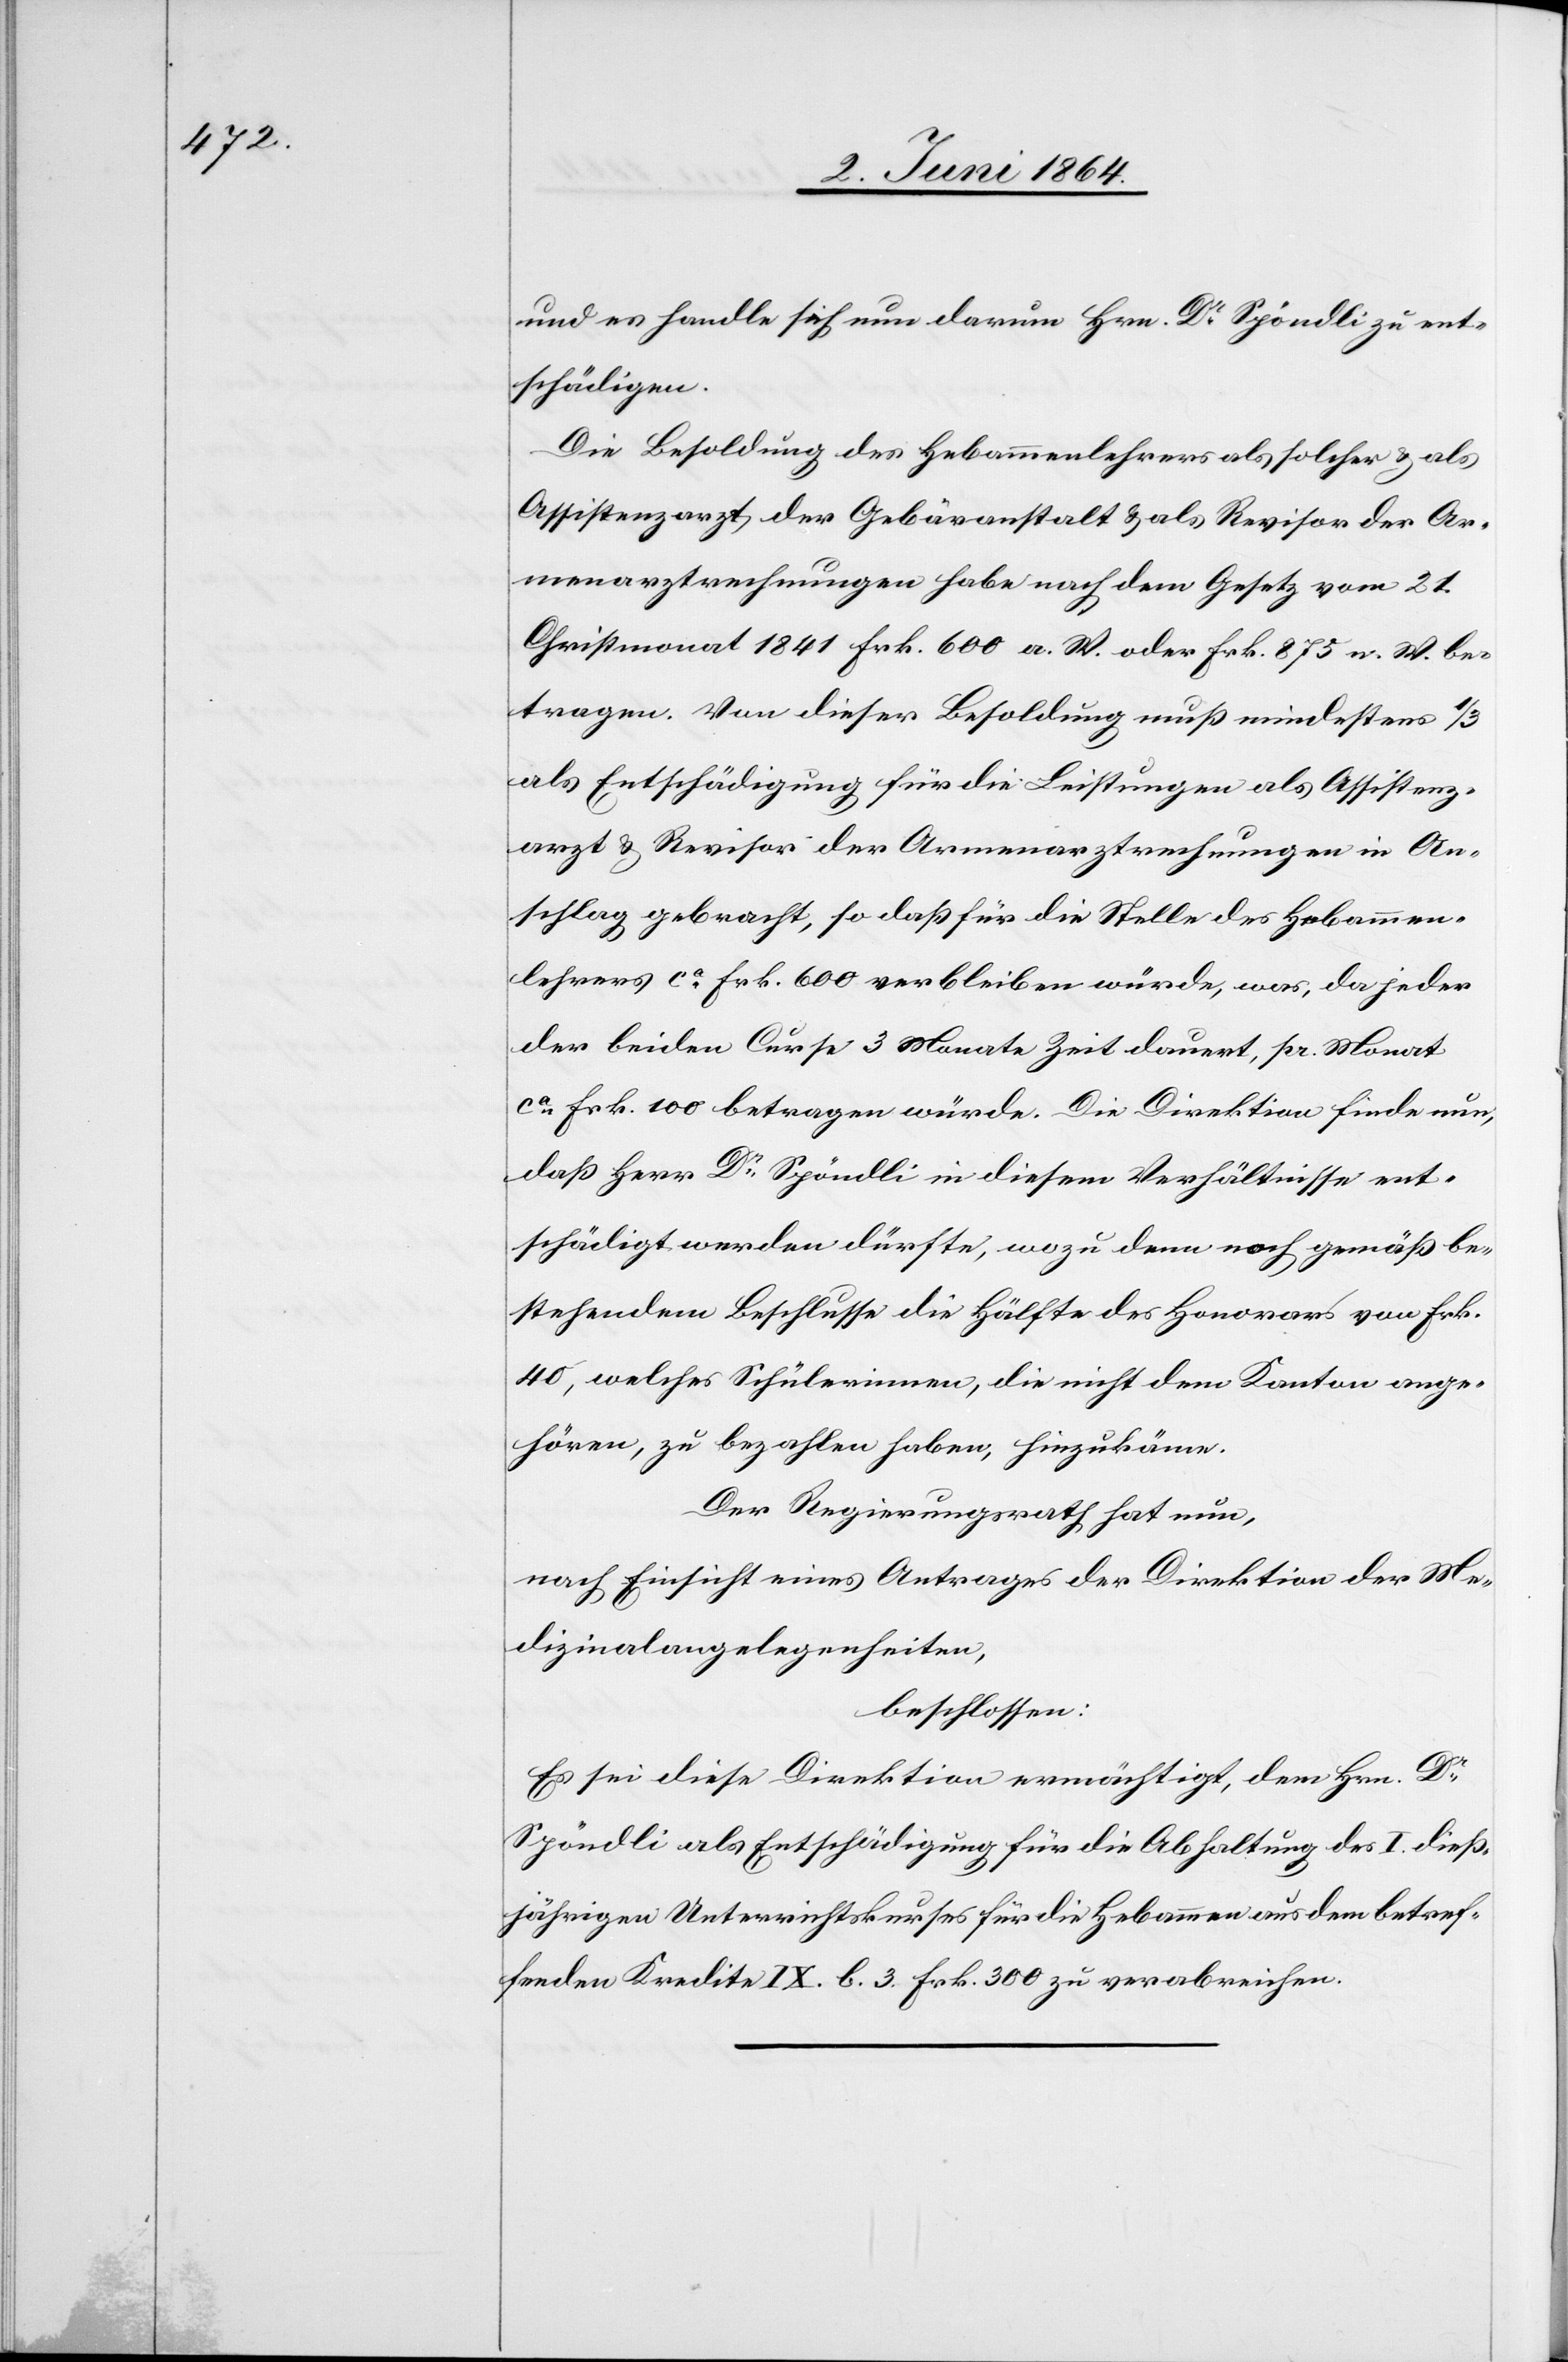
und es handle sich nun darum Hrn. Dr Spöndli zu ent¬
schädigen.
Die Besoldung des Hebammenlehrers als solcher u. als
Assistenzarzt der Gebäranstalt u. als Revisor der Ar¬
menarztrechnungen habe nach dem Gesetz vom 21.
Christmonat 1841 Frk. 600 a. W. oder Frk. 875 n. W. be¬
tragen. Von dieser Besoldung muß mindestens 1/3
als Entschädigung für die Leistungen als Assistenz¬
arzt u. Revisor der Armenarztrechnungen in An¬
schlag gebracht, so daß für die Stelle des Hebammen¬
lehrers ca Frk. 600 verbleiben würde, was, da jeder
der beiden Curse 3 Monate Zeit dauert, pr. Monat
ca Frk. 100 betragen würde. Die Direktion finde nun,
daß Herr Dr Spöndli in diesem Verhältnisse ent¬
schädigt werden dürfte, wozu denn noch gemäß be¬
stehendem Beschlusse die Hälfte des Honorars von Frk.
40, welches Schülerinnen, die nicht dem Kanton ange¬
hören, zu bezahlen haben, hinzukäme.
Der Regierungsrath hat nun,
nach Einsicht eines Antrages der Direktion der Me¬
dizinalangelegenheiten,
beschlossen:
Es sei diese Direktion ermächtigt, den Hrn. Dr
Spöndli als Entschädigung für die Abhaltung des I. dieß¬
jährigen Unterrichtskurses für die Hebammen aus dem betref¬
fenden Kredite IX. b. 3 Frk. 300 zu verabreichen.